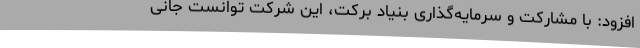
افزود: با مشارکت و سرمایه‌گذاری بنیاد برکت، این شرکت توانست جانی